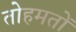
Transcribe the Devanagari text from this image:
तोहमतों